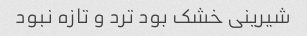
شیرینی خشک بود ترد و تازه نبود